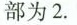
部为 2.